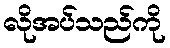
လိုအပ်သည်ကို